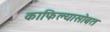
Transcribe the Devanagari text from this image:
काफिल्यासोबत